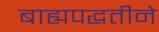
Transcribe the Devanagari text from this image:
बाह्यपद्धतीने